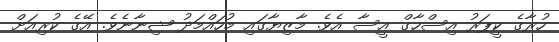
ހުރާގެ ކީޕަރު އިސްހާގް އީސާ އެވެ. މާޒިޔާގައި މުހައްމަދު ޝިނާނެވެ. އޭގެ ކުރިއަށް